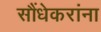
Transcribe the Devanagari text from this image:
सौंधेकरांना